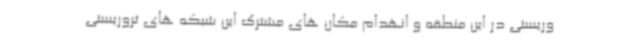
وریستی در این منطقه و انهدام مکان های مشترک این شبکه های تروریستی